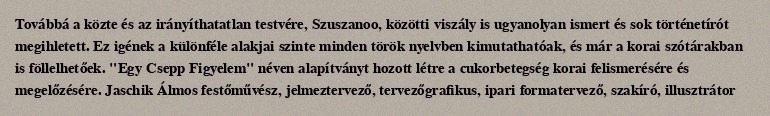
Továbbá a közte és az irányíthatatlan testvére, Szuszanoo, közötti viszály is ugyanolyan ismert és sok történetírót megihletett. Ez igének a különféle alakjai szinte minden török nyelvben kimutathatóak, és már a korai szótárakban is föllelhetőek. "Egy Csepp Figyelem" néven alapítványt hozott létre a cukorbetegség korai felismerésére és megelőzésére. Jaschik Álmos festőművész, jelmeztervező, tervezőgrafikus, ipari formatervező, szakíró, illusztrátor